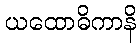
ယထောဓိကာနိ